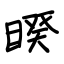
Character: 睽